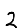
Digit: 2